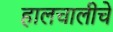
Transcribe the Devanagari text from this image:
हालचालीचे